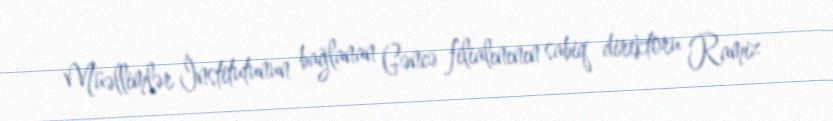
Müəllimlər İnstitutunun bağlanan Gəncə filialınının sabiq direktoru Ramiz